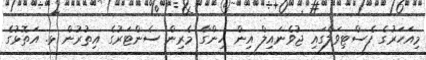
މިއަހަރުގެ ފެސްޓިވަލްގައި ޖުވެނައިލް އިން ހިންގާ މެރިން ސެންޓަރުގެ އިތުރުން ޅ. އަތޮޅުގެ